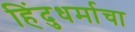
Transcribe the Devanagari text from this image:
हिंदुधर्माचा